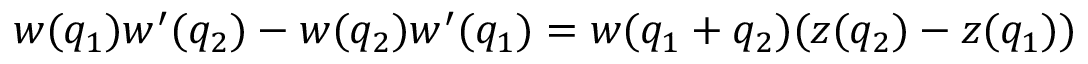
w ( q _ { 1 } ) w ^ { \prime } ( q _ { 2 } ) - w ( q _ { 2 } ) w ^ { \prime } ( q _ { 1 } ) = w ( q _ { 1 } + q _ { 2 } ) ( z ( q _ { 2 } ) - z ( q _ { 1 } ) )